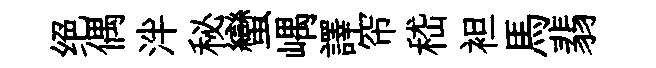
绝偶泮秘蠻嵎譯帘嵇袒馬翡